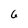
Character: 6